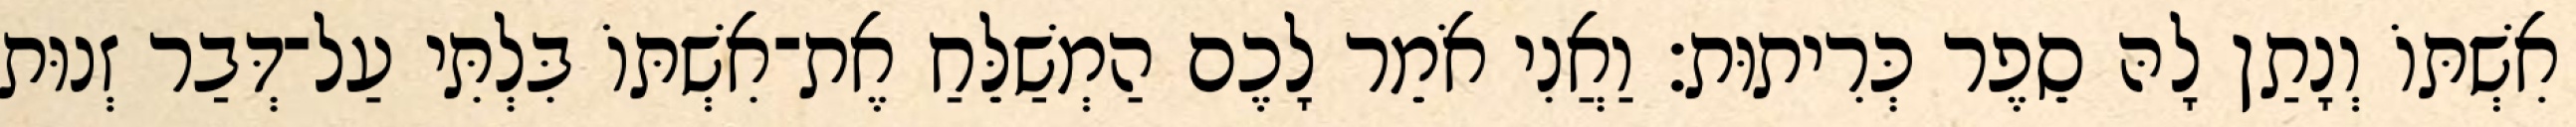
אִשְׁתּוֹ וְנָתַן לָהּ סֵפֶר כְּרִיתוּת׃ וַאֲנִי אֹמֵר לָכֶם הַמְשַׁלֵּחַ אֶת־אִשְׁתּוֹ בִּלְתִּי עַל־דְּבַר זְנוּת